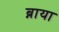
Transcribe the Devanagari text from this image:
ब्नाया